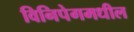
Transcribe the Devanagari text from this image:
विनिपेगमधील